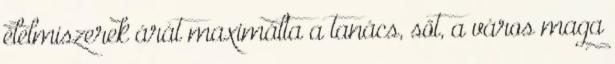
élelmiszerek árát maximálta a tanács, sőt, a város maga